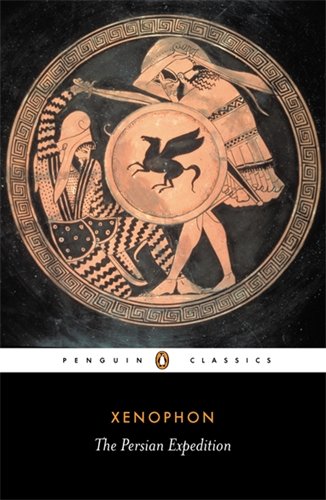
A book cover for The Persian Expedition (Penguin Classics); Xenophon; History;